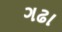
ગઢા